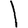
Digit: 1